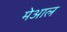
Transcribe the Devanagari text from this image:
मेआल